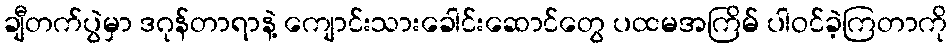
ချီတက်ပွဲမှာ ဒဂုန်တာရာနဲ့ ကျောင်းသားခေါင်းဆောင်တွေ ပထမအကြိမ် ပါဝင်ခဲ့ကြတာကို